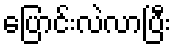
ပြောင်းလဲလာပြီး